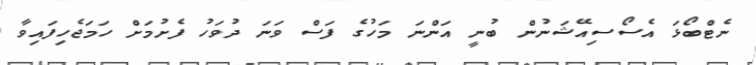
ނެޓްބޯޅަ އެސޯސިއޭޝަނުން ބުނީ އަންނަ މަހުގެ ފަސް ވަނަ ދުވަހު ފެށުމަށް ހަމަޖެހިފައިވާ